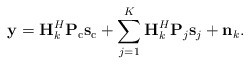
\begin{align*} \mathbf{y} =\mathbf{H}_k^H\mathbf{P}_{\mathrm{c}}\mathbf{s}_{\mathrm{c}}+\sum_{j=1}^{K}\mathbf{H}_k^H\mathbf{P}_{j}\mathbf{s}_{j}+\mathbf{n}_k.\end{align*}